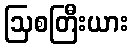
ဩစတြီးယား